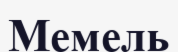
Мемель